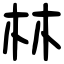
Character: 林